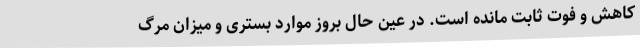
کاهش و فوت ثابت مانده است. در عین حال بروز موارد بستری و میزان مرگ